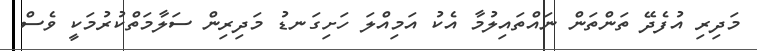
މަދިރި އުފެދޭ ތަންތަން ނައްތައިލުމާ އެކު އަމިއްލަ ހަށިގަނޑު މަދިރިން ސަލާމަތްކުރުމަކީ ވެސް